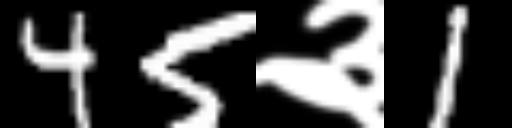
Text: 45३1